Indian Medical Review
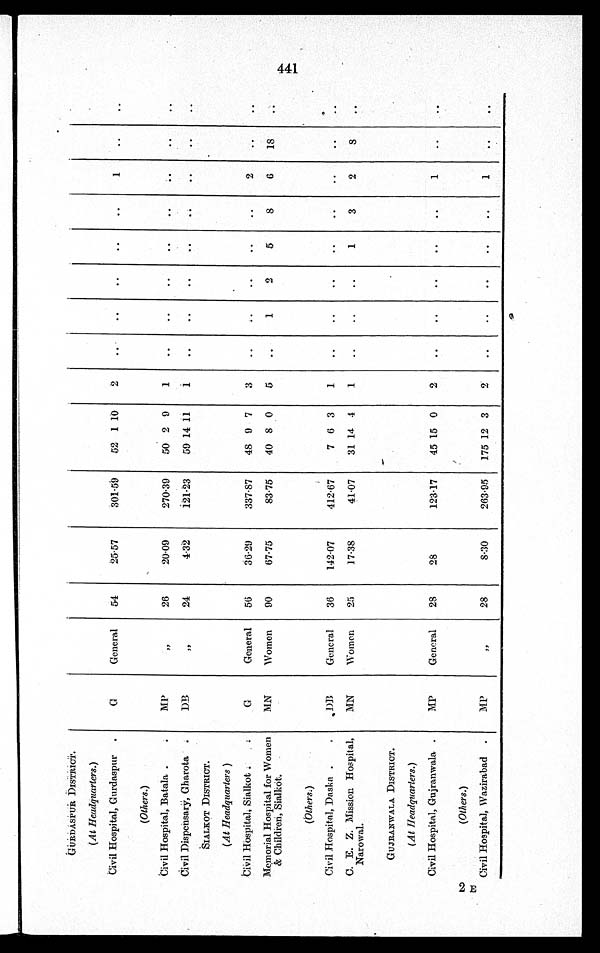
GURDASPUR DI STRI CT.
(At Headquarters.)
Civil Hospital, Gurdaspur
G
General
54
25.57
301.59
52 1 10
2
. .
. .
..
..
..
1
. .
. .
(Others.)
Civil Hospital, Batala
MP
"
26
20.09
270.39
50 2 9
1
..
..
..
..
..
. .
. .
. .
Civil Dispensary, Gharota
DB
"
24
4.32
121.23
59 14 11
1
..
..
..
..
. .
..
..
..
SIALKOT DISTRICT.
(At Headquarters )
Civil Hospital, Sialkot
G
General 56
36.29
337.87
48 9 7
3
..
. .
..
..
..
2
. .
..
Memorial Hospital for Women
& Children, Sialkot.
MN
Women
90
67.75
83.75
40 8 0
5
..
1
2
5
8
6
18
. .
(Others. )
Civil Hospital, Daska
DB
General
36
142.07
412.67
7 6 3
1
..
..
..
..
..
..
..
..
C. E. Z. Mission Hospital,
Narowal.
MN
Women
25
17.38
41.07
31 14 4
1
..
..
..
1
3
2
8
. .
GUJRANWALA DISTRICT.
(At Headquarters. )
Civil Hospital, Gujranwala
MP
General
28
28
123.17
45 15 0
2
..
..
..
..
..
1
..
. .
(Others.)
Civil Hospital, Wazirabad
MP
"
28
8.30
263.95 175 12 3
2
..
..
..
..
..
1
..
. .
4 4 1